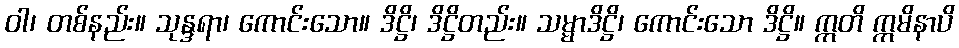
ဝါ၊ တစ်နည်း။ သုန္ဒရာ၊ ကောင်းသော။ ဒိဋ္ဌိ၊ ဒိဋ္ဌိတည်း။ သမ္မာဒိဋ္ဌိ၊ ကောင်းသော ဒိဋ္ဌိ။ ဣတိ ဣမိနာပိ